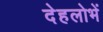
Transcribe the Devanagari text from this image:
देहलोभें